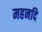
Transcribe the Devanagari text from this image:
महनदि